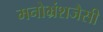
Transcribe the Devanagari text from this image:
मनोभ्रंशजैसी